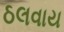
ઠલવાય